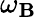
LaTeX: \omega_{\mathbf{B}}